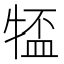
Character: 𪺰